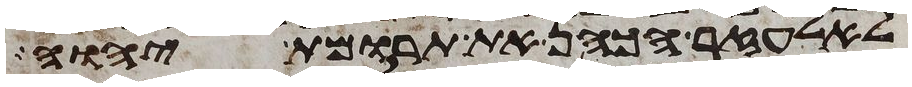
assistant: לאלעזר הכהן את תרומת יהוה